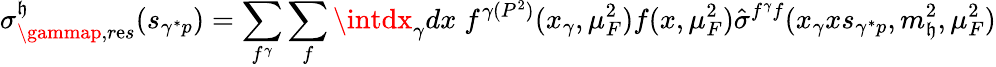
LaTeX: \sigma_{\gammap,r\mathrm{e}s}^{\mathfrak{h}}(s_{\gamma^{*}p})=\sum_{f^{\gamma}}\sum_{f}\intdx_{\gamma}dx\; f^{\gamma(P^{2})}(x_{\gamma},\mu_{F}^{2})f(x,\mu_{F}^{2})\hat{{\sigma}}^{f^{\gamma}f}(x_{\gamma}xs_{\gamma^{*}p},m_{\mathfrak{h}}^{2},\mu_{F}^{2})